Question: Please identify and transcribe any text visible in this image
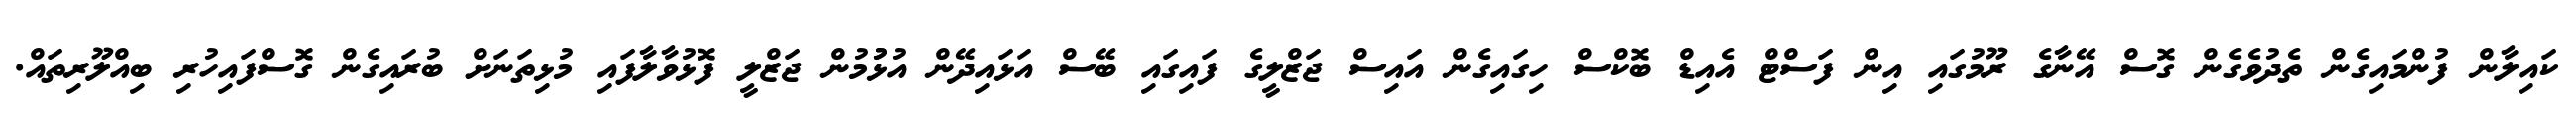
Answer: ކައިލާން ފުންމައިގެން ތެދުވެގެން ގޮސް އޭނާގެ ރޫމުގައި އިން ފަސްޓް އެއިޑް ބޮކްސް ހިގައިގެން އައިސް ޖަޒްލީގެ ފައިގައި ބޭސް އަޅައިދޭން އުޅުުމުން ޖަޒްލީ ފޮޅުވާލާފައި މުޅިތަނަށް ބުރައިގެން ގޮސްފައިހުރި ބިއްލޫރިތައް.